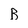
Character: B